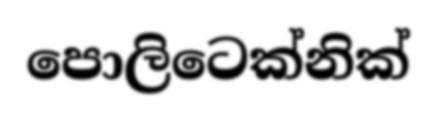
පොලිටෙක්නික්